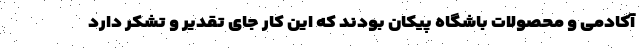
آکادمی و محصولات باشگاه پیکان بودند که این کار جای تقدیر و تشکر دارد